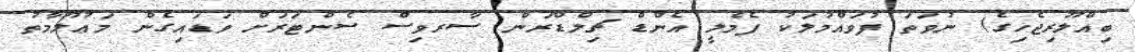
ބިއްލޫރިޖެހިގެ) ނުވަތަ ފުވައްމުލަކު ފެމެލީ އެންޑް ޗިލްޑްރަން ސާރވިސް ސެންޓަރަށް ވަޑައިގެން މަޢުލޫމާތު